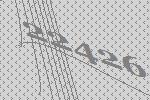
22426